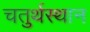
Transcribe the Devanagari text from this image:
चतुर्थस्थान